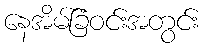
နေအိမ်ခြံဝင်းအတွင်း